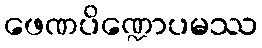
ဖေဏပိဏ္ဍောပမဿ